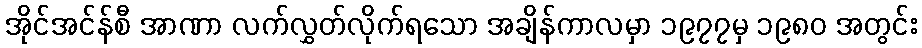
အိုင်အင်န်စီ အာဏာ လက်လွှတ်လိုက်ရသော အချိန်ကာလမှာ ၁၉၇၇မှ ၁၉၈၀ အတွင်း